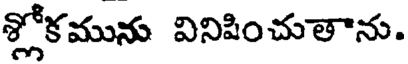
శ్లోకమును వినిపించుతాను.